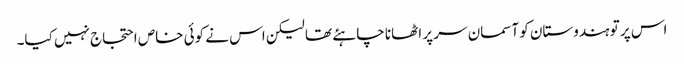
اس پر تو ہندوستان کو آسمان سر پر اٹھانا چاہئے تھا لیکن اس نے کوئی خاص احتجاج نہیں کیا۔